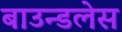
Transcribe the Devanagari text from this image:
बाउन्डलेस